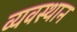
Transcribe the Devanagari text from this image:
व्यवस्थान